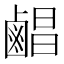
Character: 𪉨